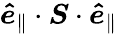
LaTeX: \boldsymbol{\hat{e}}_{\parallel}\cdot\boldsymbol{S}\cdot\boldsymbol{\hat{e}}_{\parallel}